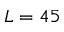
L = 4 5